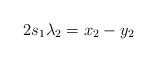
\begin{align*}\begin{aligned}2&s_1 \lambda_2 = x_2 - y_2 \\\end{aligned}\end{align*}